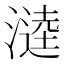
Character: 𭲗